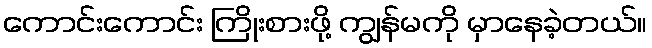
ကောင်းကောင်း ကြိုးစားဖို့ ကျွန်မကို မှာနေခဲ့တယ်။